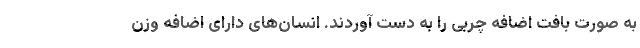
به صورت بافت اضافه چربی را به دست آوردند. انسان‌های دارای اضافه وزن